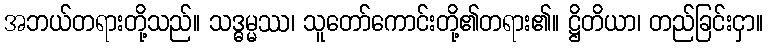
အဘယ်တရားတို့သည်။ သဒ္ဓမ္မဿ၊ သူတော်ကောင်းတို့၏တရား၏။ ဋ္ဌိတိယာ၊ တည်ခြင်းငှာ။